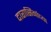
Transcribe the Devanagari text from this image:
दारासिंगांच्या